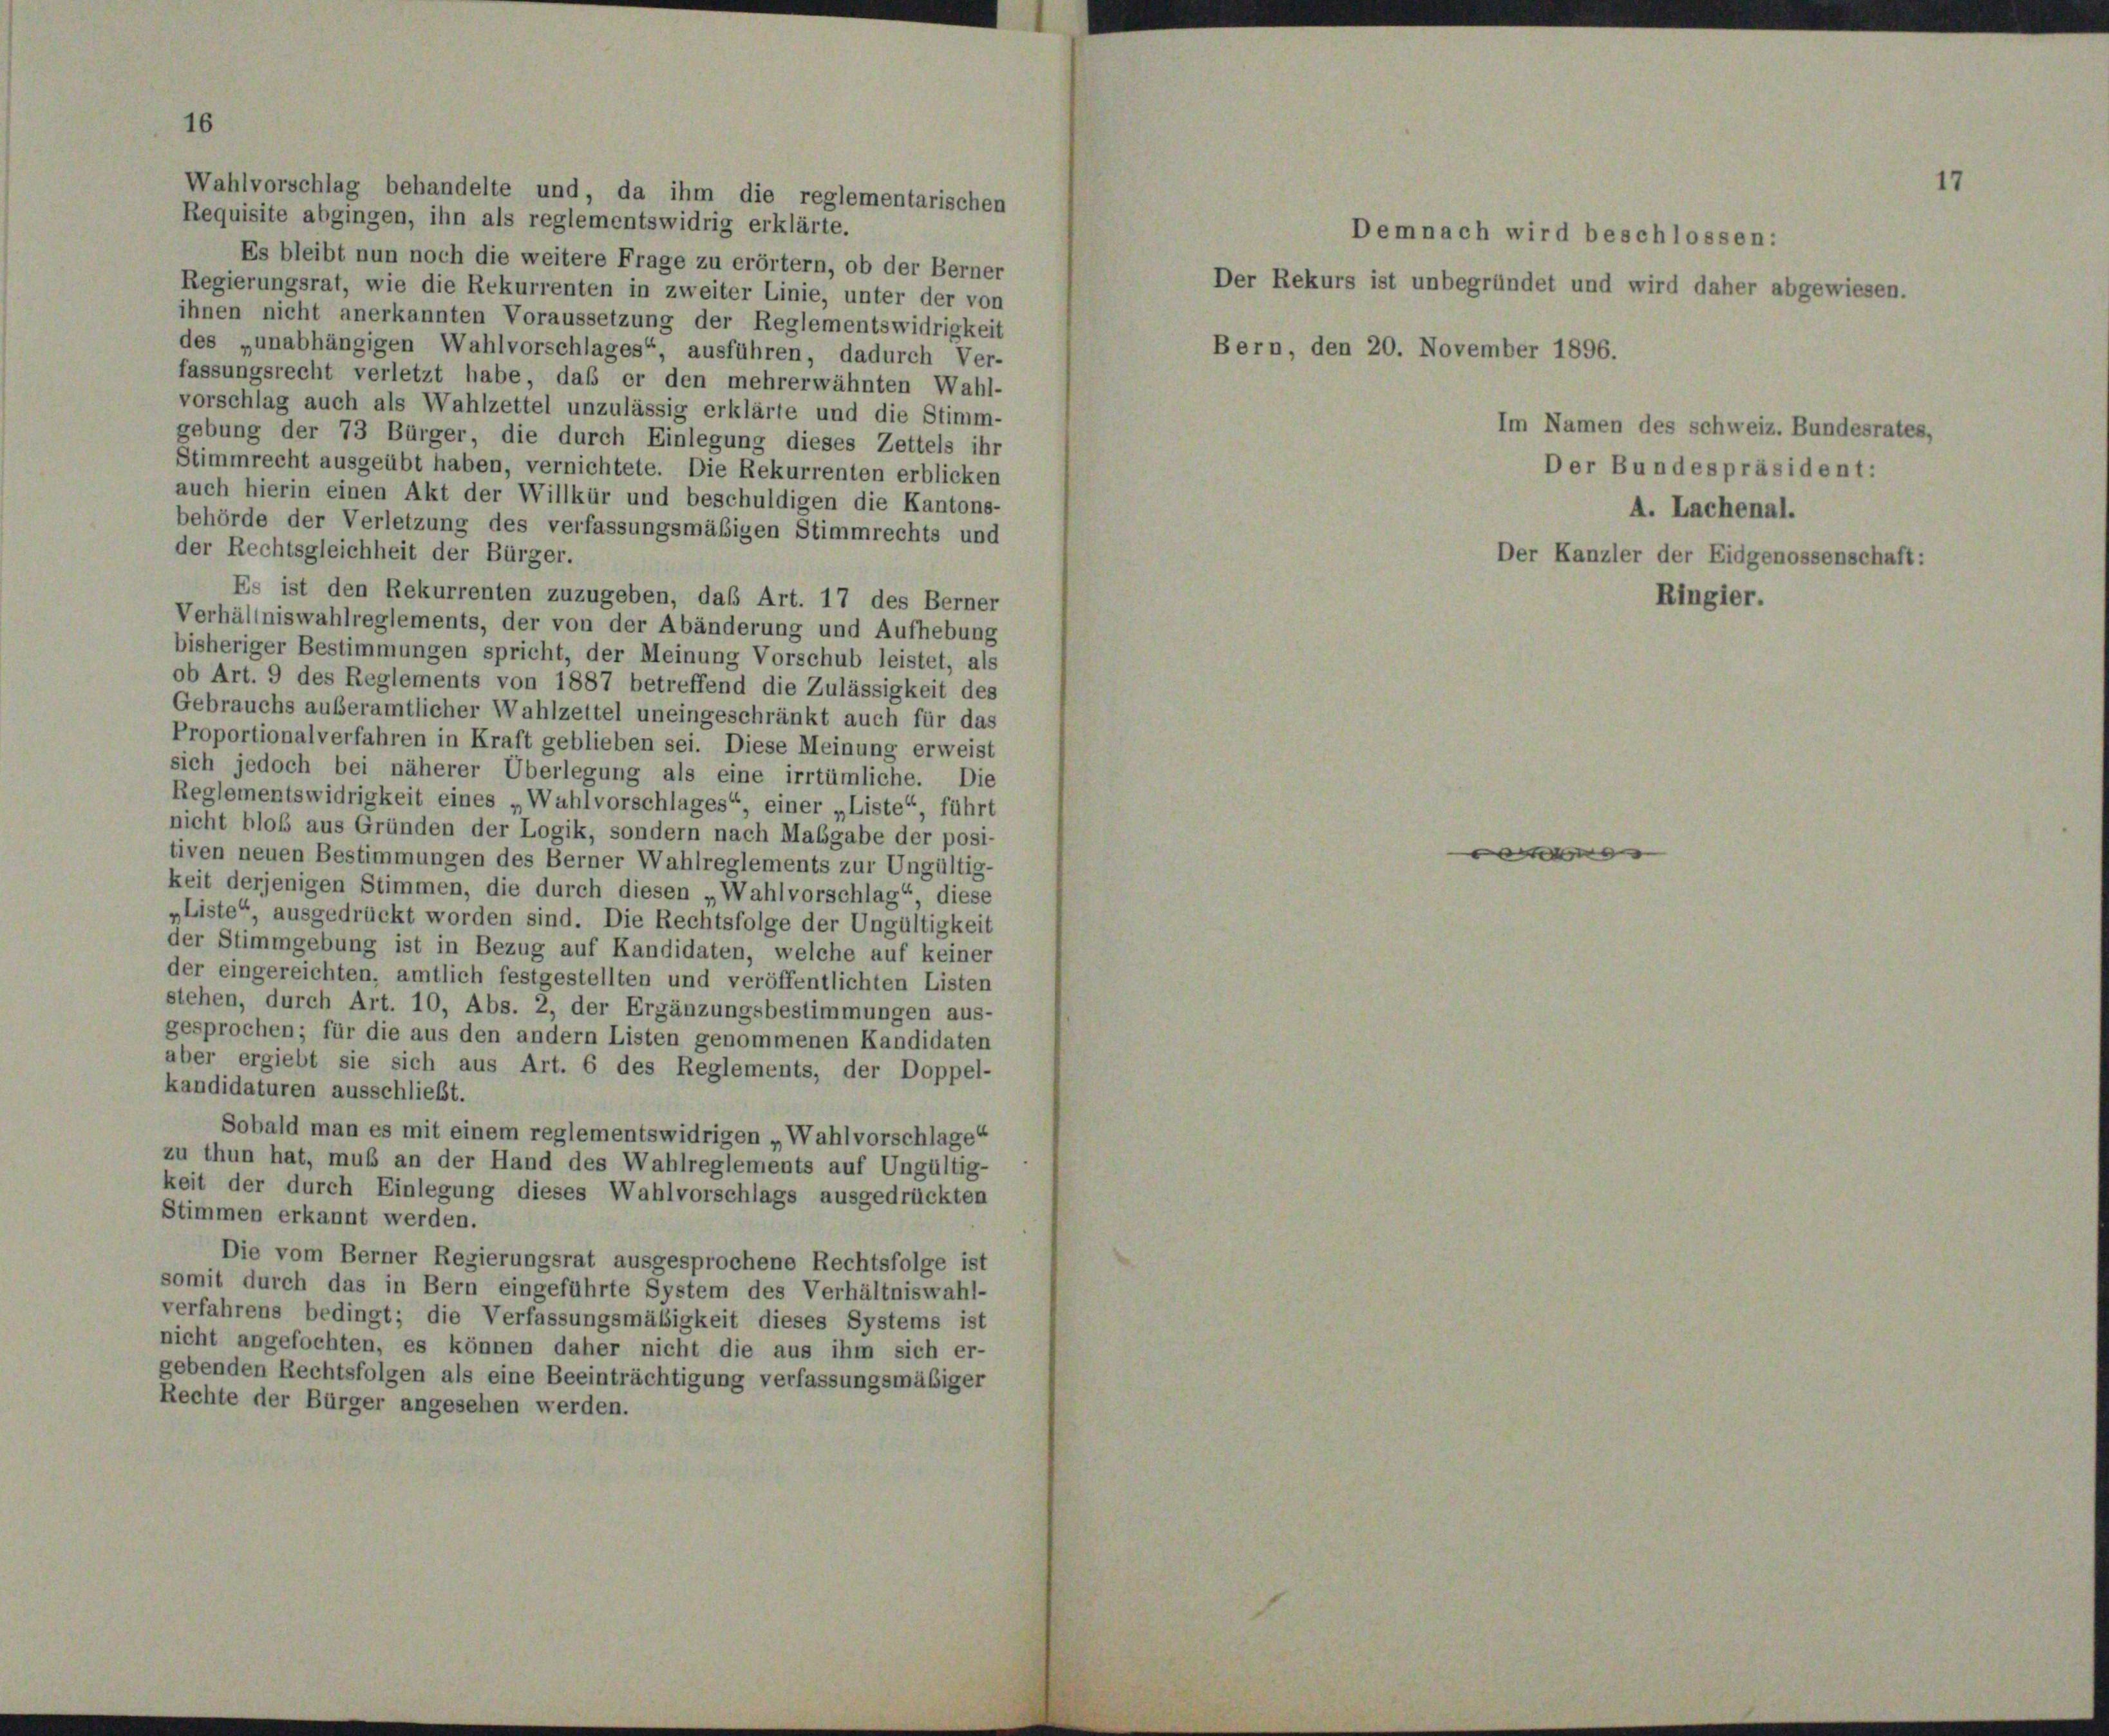
Wahlvorschlag behandelte und, da ihm die reglementarischen
Requisite abgingen, ihn als reglementswidrig erklärte.
Es bleibt nun noch die weitere Frage zu erörtern, ob der Berner
Regierungsrat, wie die Rekurrenten in zweiter Linie, unter der von
ihnen nicht anerkannten Voraussetzung der Reglementswidrigkeit
des „unabhängigen Wahlvorschlages“, ausführen, dadurch Ver-
fassungsrecht verletzt habe, daß er den mehrerwähnten Wahl-
vorschlag auch als Wahlzettel unzulässig erklärte und die Stimm-
gebung der 73 Bürger, die durch Einlegung dieses Zettels ihr
Stimmrecht ausgeübt haben, vernichtete. Die Rekurrenten erblicken
auch hierin einen Akt der Willkür und beschuldigen die Kantons-
behörde der Verletzung des verfassungsmäßigen Stimmrechts und
der Rechtsgleichheit der Bürger.
Es ist den Rekurrenten zuzugeben, das Art. 17 des Berner
Verhältniswahlreglements, der von der Abänderung und Aufhebung
bisheriger Bestimmungen spricht, der Meinung Vorschub leistet, als
ob Art. 9 des Reglements von 1887 betreffend die Zulässigkeit des
Gebrauchs außeramtlicher Wahlzettel uneingeschränkt auch für das
Proportionalverfahren in Kraft geblieben sei. Diese Meinung erweist
sich jedoch bei näherer Überlegung als eine irrtümliche. Die
Reglementswidrigkeit eines „Wahlvorschlages“, einer „Liste“, führt
nicht bloß aus Gründen der Logik, sondern nach Mabgabe der posi-
tiven neuen Bestimmungen des Berner Wahlreglements zur Ungültig-
keit derjenigen Stimmen, die durch diesen „Wahlvorschlag“, diese
„Liste“, ausgedrückt worden sind. Die Rechtsfolge der Ungültigkeit
der Stimmgebung ist in Bezug auf Kandidaten, welche auf keiner
der eingereichten, amtlich festgestellten und veröffentlichten Listen
stehen, durch Art. 10, Abs. 2, der Ergänzungsbestimmungen aus-
gesprochen; für die aus den andern Listen genommenen Kandidaten
aber ergiebt sie sich aus Art. 6 des Reglements, der Doppel-
kandidaturen ausschließt.
Sobald man es mit einem reglementswidrigen „Wahlvorschlage“
zu thun hat, muß an der Hand des Wahlreglements auf Ungültig-
keit der durch Einlegung dieses Wahlvorschlags ausgedrückten
Stimmen erkannt werden.
Die vom Berner Regierungsrat ausgesprochene Rechtsfolge ist
somit durch das in Bern eingeführte System des Verhältniswahl-
verfahrens bedingt; die Verfassungsmäßigkeit dieses Systems ist
nicht angefochten, es können daher nicht die aus ihm sich er-
gebenden Rechtsfolgen als eine Beeinträchtigung verfassungsmäßiger
Rechte der Bürger angesehen werden.

Der Rekurs ist unbegründet und wird daher abgewiesen.
Bern, den 20. November 1896.

Demnach wird beschlossen:

Im Namen des schweiz. Bundesrates,
Der Bundespräsident:
A. Lachenal.
Der Kanzler der Eidgenossenschaft:

Ringier.